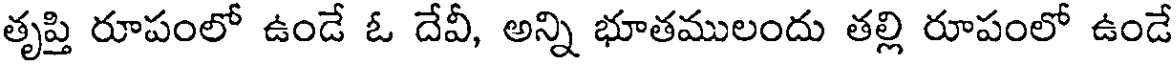
తృప్తి రూపంలో ఉండే ఓ దేవీ, అన్ని భూతములందు తల్లి రూపంలో ఉండే